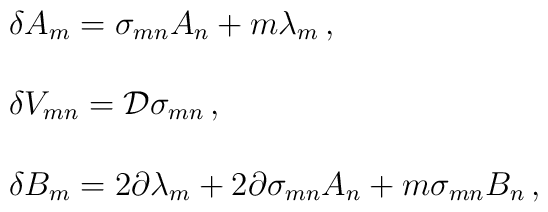
\begin{array}{rcl}&& \delta A_{m} = \sigma_{mn} A_{n} + m \lambda_{m}\, ,\\& & \\&& \delta V_{mn} = {\cal D}\sigma_{mn}\, ,\\& & \\&& \delta B_{m} = 2\partial\lambda_{m}     + 2\partial \sigma_{mn}A_{n} + m \sigma_{mn}B_{n}\, ,\\\end{array}